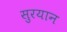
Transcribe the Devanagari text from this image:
सुरयान